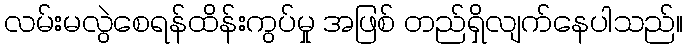
လမ်းမလွဲစေရန်ထိန်းကွပ်မှု အဖြစ် တည်ရှိလျက်နေပါသည်။